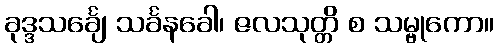
ခုဒ္ဒသင်္ချေ သင်္ခနခေါ၊ ဇလသုတ္တိ စ သမ္ဗုကော။